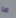
ما